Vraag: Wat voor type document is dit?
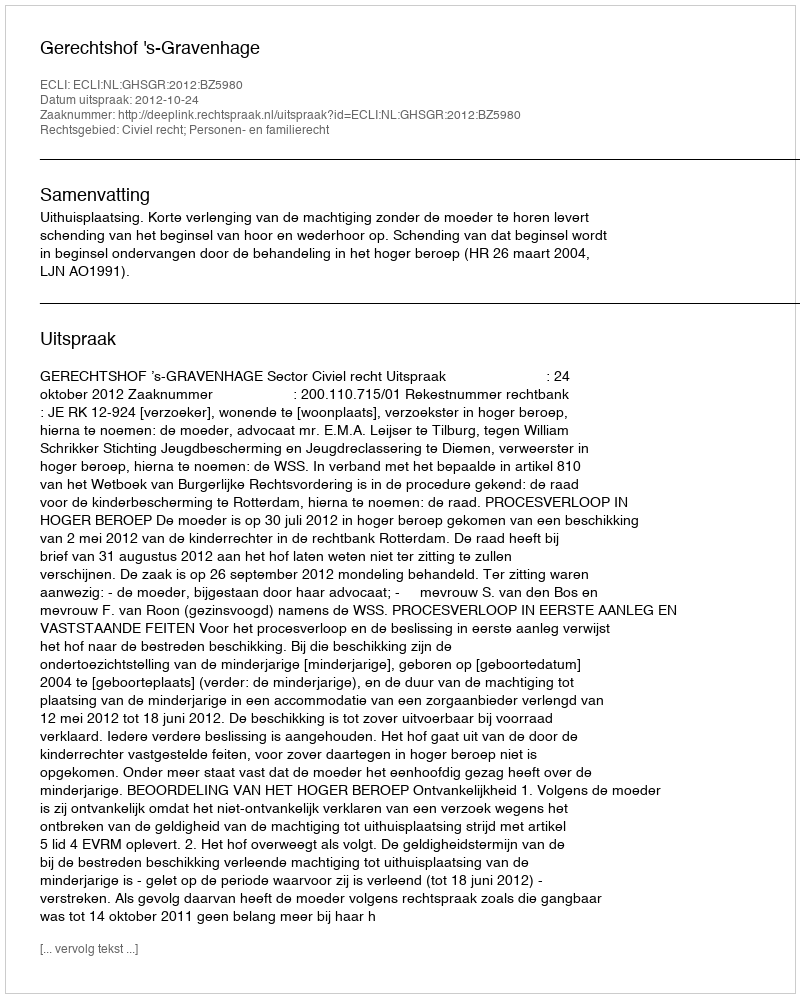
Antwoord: Uitspraak